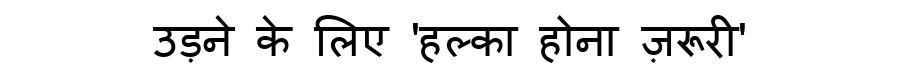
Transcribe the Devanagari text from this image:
उड़ने के लिए 'हल्का होना ज़रूरी'